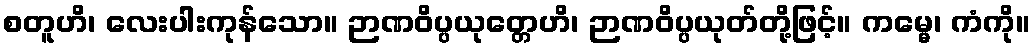
စတူဟိ၊ လေးပါးကုန်သော။ ဉာဏဝိပ္ပယုတ္တေဟိ၊ ဉာဏဝိပ္ပယုတ်တို့ဖြင့်။ ကမ္မေ၊ ကံကို။